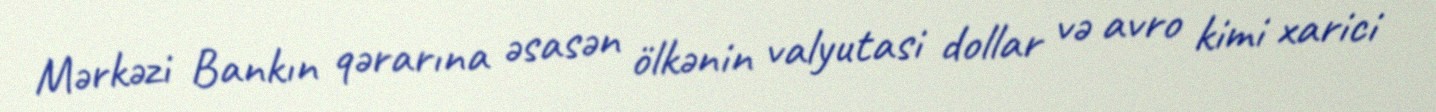
Mərkəzi Bankın qərarına əsasən ölkənin valyutasi dollar və avro kimi xarici